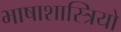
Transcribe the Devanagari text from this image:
भाषाशास्त्रियो